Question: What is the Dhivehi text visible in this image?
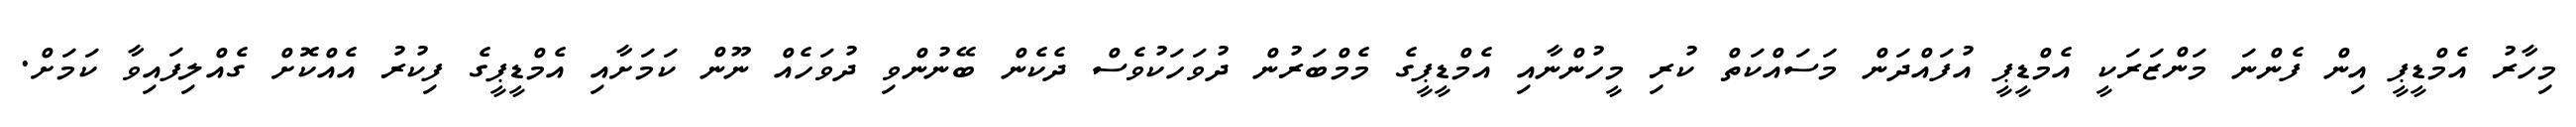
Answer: މިހާރު އެމްޑީޕީ އިން ފެންނަ މަންޒަރަކީ އެމްޑީޕީ އުފައްދަން މަސައްކަތް ކުރި މީހުންނާއި އެމްޑީޕީގެ މެމްބަރުން ދުވަހަކުވެސް ދެކެން ބޭނުންވި ދުވަހެއް ނޫން ކަމަށާއި އެމްޑީޕީގެ ފިކުރު އެއްކޮށް ގެއްލިފައިވާ ކަމަށް.